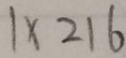
1 \times 2 1 6